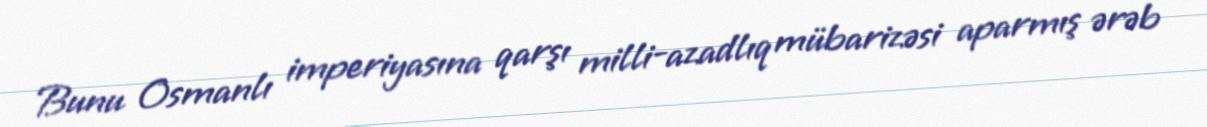
Bunu Osmanlı imperiyasına qarşı milli-azadlıq mübarizəsi aparmış ərəb